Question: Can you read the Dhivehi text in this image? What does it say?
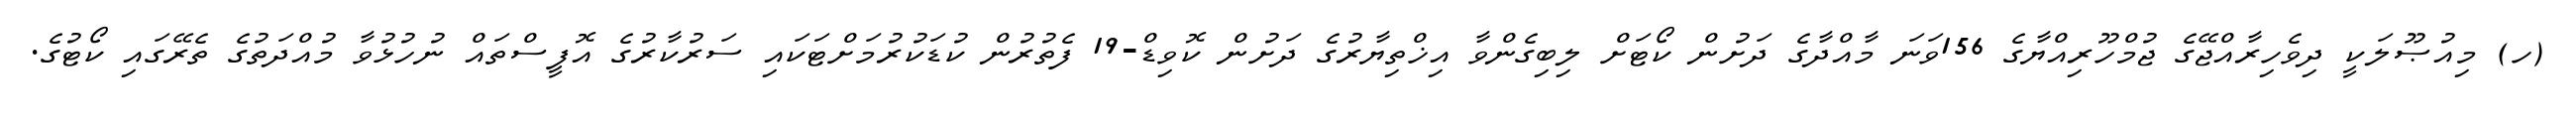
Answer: (ހ) މިއުޞޫލަކީ ދިވެހިރާއްޖޭގެ ޖުމްހޫރިއްޔާގެ 156ވަނަ މާއްދާގެ ދަށުން ކޯޓަށް ލިބިގެންވާ އިޚްތިޔާރުގެ ދަށުން ކޮވިޑް-19 ފެތުރުން ކުޑަކުރުމަށްޓަކައި ސަރުކާރުގެ އޮފީސްތައް ނުހުޅުވާ މުއްދަތުގެ ތެރޭގައި ކޯޓުގެ.